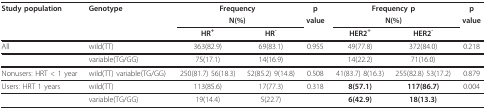
<table><thead><tr><td><b>Study population</b></td><td><b>Genotype</b></td><td colspan="2"><b>Frequency</b></td><td><b>p</b></td><td colspan="2"><b>Frequency p</b></td><td><b>p</b></td></tr><tr><td></td><td></td><td colspan="2"><b>N(%)</b></td><td><b>value</b></td><td colspan="2"><b>N(%)</b></td><td><b>value</b></td></tr><tr><td></td><td></td><td><b>HR<sup>+</sup></b></td><td><b>HR<sup>-</sup></b></td><td></td><td><b>HER2<sup>+</sup></b></td><td><b>HER2<sup>-</sup></b></td><td></td></tr></thead><tbody><tr><td>All</td><td>wild(TT)</td><td>363(82.9)</td><td>69(83.1)</td><td>0.955</td><td>49(77.8)</td><td>372(84.0)</td><td>0.218</td></tr><tr><td></td><td>variable(TG/GG)</td><td>75(17.1)</td><td>14(16.9)</td><td></td><td>14(22.2)</td><td>71(16.0)</td><td></td></tr><tr><td>Nonusers: HRT &lt; 1 year</td><td>wild(TT) variable(TG/GG)</td><td>250(81.7) 56(18.3)</td><td>52(85.2) 9(14.8)</td><td>0.508</td><td>41(83.7) 8(16.3)</td><td>255(82.8) 53(17.2)</td><td>0.879</td></tr><tr><td>Users: HRT 1 years</td><td>wild(TT)</td><td>113(85.6)</td><td>17(77.3)</td><td>0.318</td><td><b>8(57.1)</b></td><td><b>117(86.7)</b></td><td>0.004</td></tr><tr><td></td><td>variable(TG/GG)</td><td>19(14.4)</td><td>5(22.7)</td><td></td><td><b>6(42.9)</b></td><td><b>18(13.3)</b></td><td></td></tr></tbody></table>